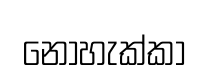
නොහැක්කා